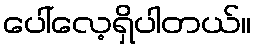
ပေါ်လေ့ရှိပါတယ်။